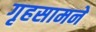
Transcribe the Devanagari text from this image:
गृहसामने